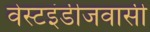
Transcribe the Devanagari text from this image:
वेस्टइंडीजवासी